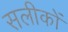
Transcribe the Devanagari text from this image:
सलीकों